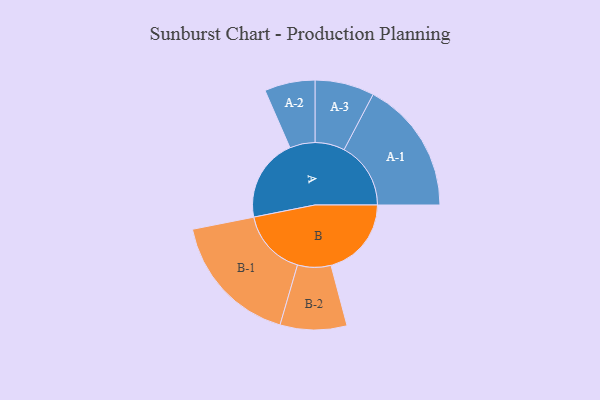
{"axis": {"x": "Segment", "y": "Value"}, "legend": ["", "A", "B"], "data": [{"x": "A", "y": 339, "type": ""}, {"x": "B", "y": 328, "type": ""}, {"x": "A-1", "y": 272, "type": "A"}, {"x": "A-2", "y": 103, "type": "A"}, {"x": "A-3", "y": 121, "type": "A"}, {"x": "B-1", "y": 273, "type": "B"}, {"x": "B-2", "y": 136, "type": "B"}]}